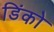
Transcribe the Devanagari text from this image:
डिंको